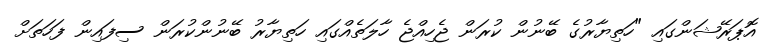
އޮޕަރޭޝަންގައި "ހަތިޔާރުގެ ބޭނުން ކުރަން ޖެހިއްޖެ ހާލަތެއްގައި ހަތިޔާރު ބޭނުންކުރަން ސިފައިން ފަހަތަށް